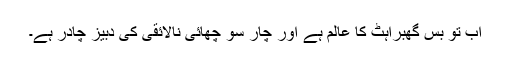
اب تو بس گھبراہٹ کا عالم ہے اور چار سو چھائی نالائقی کی دبیز چادر ہے۔